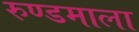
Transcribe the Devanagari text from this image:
रुण्डमाला